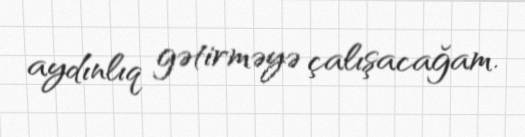
aydınlıq gətirməyə çalışacağam.